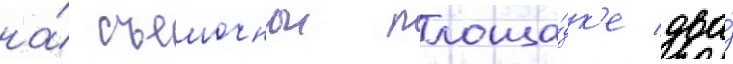
на́ съемочнои площа́дк'е два́